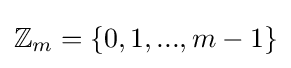
\mathbb {Z} _{m}=\{0,1,...,m-1\}